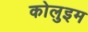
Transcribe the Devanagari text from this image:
कोलुइम